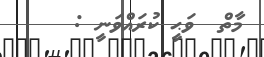
މާތް  ވަޙީ ކުރައްވަނީ :